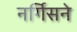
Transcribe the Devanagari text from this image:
नर्गिसने